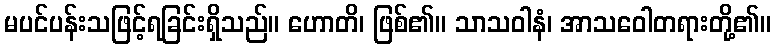
မပင်ပန်းသဖြင့်ရခြင်းရှိသည်။ ဟောတိ၊ ဖြစ်၏။ သာသဝါနံ၊ အာသဝေါတရားတို့၏။